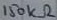
Text: 150KΩ